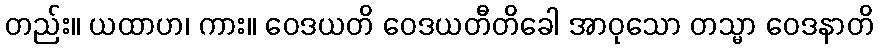
တည်း။ ယထာဟ၊ ကား။ ဝေဒယတိ ဝေဒယတီတိခေါ အာဝုသော တသ္မာ ဝေဒနာတိ